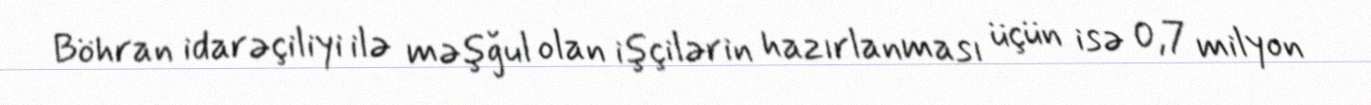
Böhran idarəçiliyi ilə məşğul olan işçilərin hazırlanması üçün isə 0,7 milyon